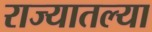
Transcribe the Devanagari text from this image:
राज्‍यातल्‍या